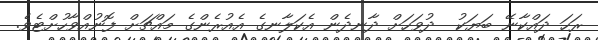
ރަހަ ދައްކާނޭ ބަޔަކު  ދުވަހަށް ދާނދެން އެކަލާނގެ އެއުރެންގެ މައްޗަށް ފޮނުއްވާހުށްޓެވެ.